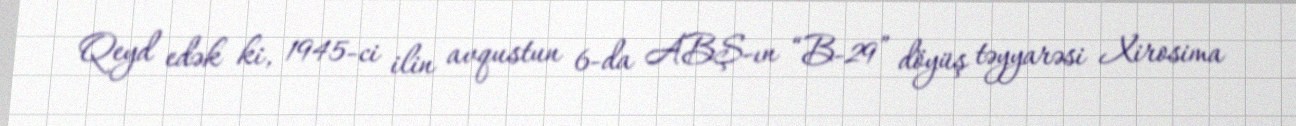
Qeyd edək ki, 1945-ci ilin avqustun 6-da ABŞ-ın “B-29” döyüş təyyarəsi Xirosima